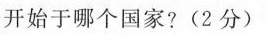
开始于哪个国家?(2分)